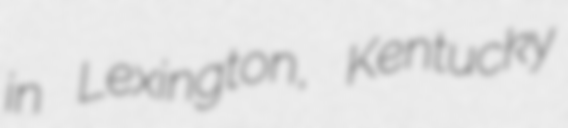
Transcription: in Lexington, Kentucky